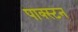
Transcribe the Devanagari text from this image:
पाक्स्टन